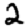
Digit: 2